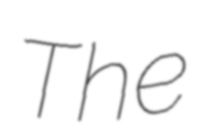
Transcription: The